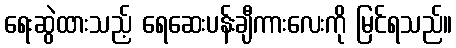
ရေးဆွဲထားသည့် ရေဆေးပန်းချီကားလေးကို မြင်ရသည်။